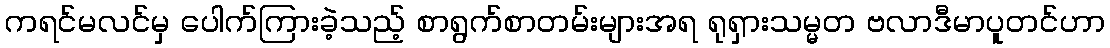
ကရင်မလင်မှ ပေါက်ကြားခဲ့သည့် စာရွက်စာတမ်းများအရ ရုရှားသမ္မတ ဗလာဒီမာပူတင်ဟာ